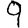
Digit: 9